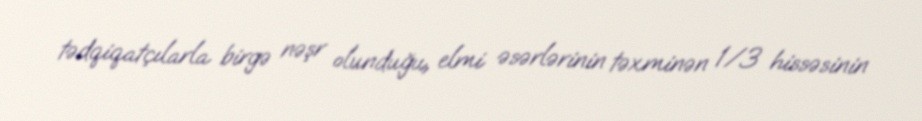
tədqiqatçılarla birgə nəşr olunduğu, elmi əsərlərinin təxminən 1/3 hissəsinin